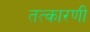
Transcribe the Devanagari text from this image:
तत्कारणी